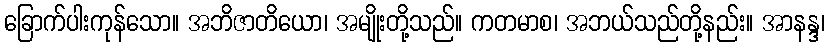
ခြောက်ပါးကုန်သော။ အဘိဇာတိယော၊ အမျိုးတို့သည်။ ကတမာစ၊ အဘယ်သည်တို့နည်း။ အာနန္ဒ၊